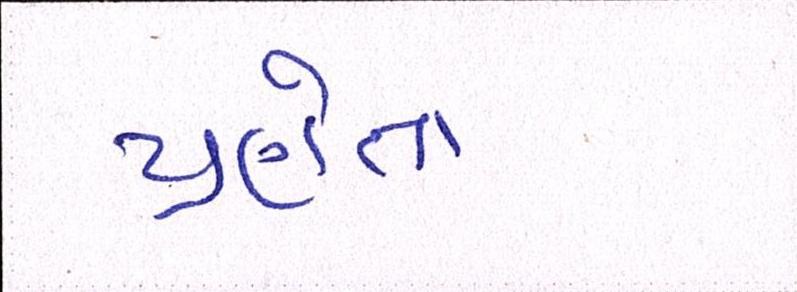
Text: પ્રણેતા